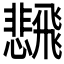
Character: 𲋒